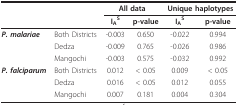
<table><thead><tr><td></td><td></td><td colspan="2"><b>All data</b></td><td colspan="2"><b>Unique haplotypes</b></td></tr><tr><td></td><td></td><td><b>I<sub>A</sub><sup>S</sup></b></td><td><b>p-value</b></td><td><b>I<sub>A</sub><sup>S</sup></b></td><td><b>p-value</b></td></tr></thead><tbody><tr><td><i><b>P. malariae</b></i></td><td>Both Districts</td><td>-0.003</td><td>0.650</td><td>-0.022</td><td>0.994</td></tr><tr><td></td><td>Dedza</td><td>-0.009</td><td>0.765</td><td>-0.026</td><td>0.986</td></tr><tr><td></td><td>Mangochi</td><td>-0.003</td><td>0.575</td><td>-0.032</td><td>0.992</td></tr><tr><td><i><b>P. falciparum</b></i></td><td>Both Districts</td><td>0.012</td><td>&lt; 0.05</td><td>0.009</td><td>&lt; 0.05</td></tr><tr><td></td><td>Dedza</td><td>0.016</td><td>&lt; 0.05</td><td>0.012</td><td>0.055</td></tr><tr><td></td><td>Mangochi</td><td>0.007</td><td>0.181</td><td>0.004</td><td>0.304</td></tr></tbody></table>